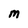
Character: M